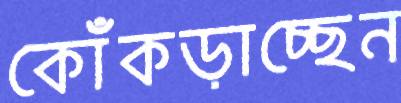
কোঁকড়াচ্ছেন